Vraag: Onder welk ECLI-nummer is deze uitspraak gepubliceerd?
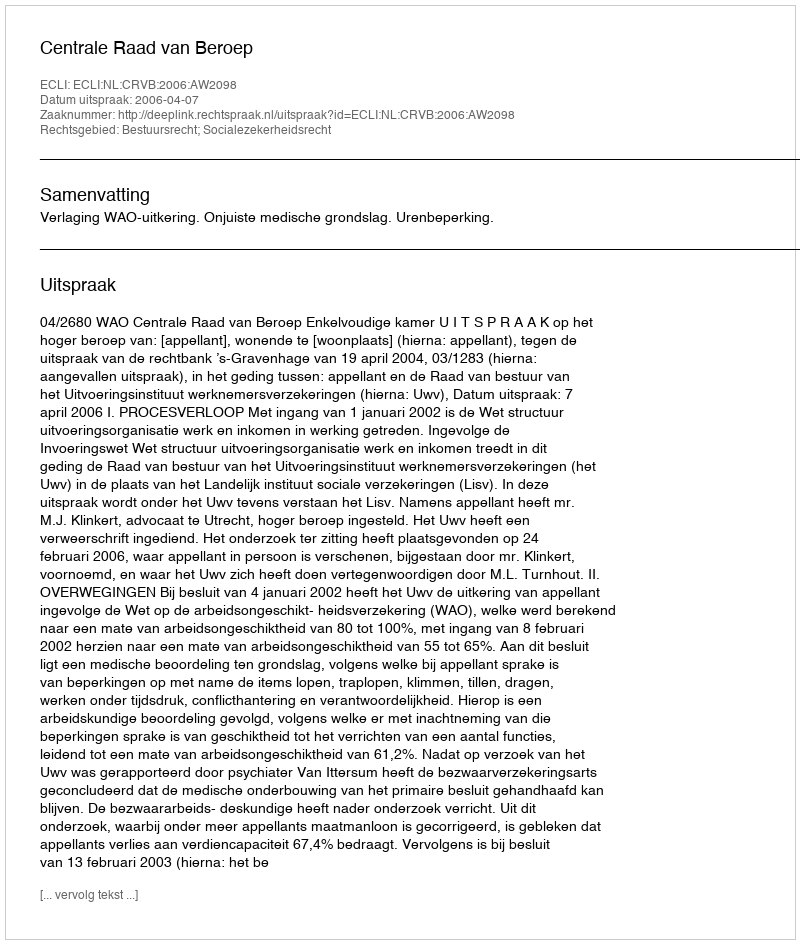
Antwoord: ECLI:NL:CRVB:2006:AW2098